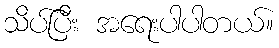
သိပ်ပြီး အရေးပါပါတယ်။